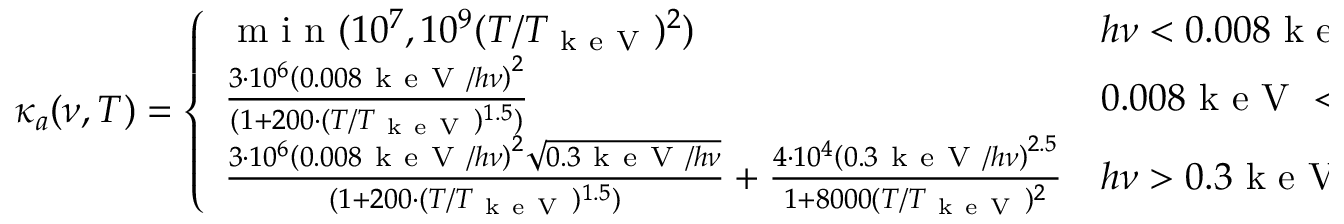
\kappa _ { a } ( \nu , T ) = \left\{ \begin{array} { l l } { \mathrm { ~ m ~ i ~ n ~ } ( 1 0 ^ { 7 } , 1 0 ^ { 9 } ( T / T _ { \mathrm { ~ k ~ e ~ V ~ } } ) ^ { 2 } ) } & { h \nu < 0 . 0 0 8 \mathrm { ~ k ~ e ~ V ~ } } \\ { \frac { 3 \cdot 1 0 ^ { 6 } \left( 0 . 0 0 8 \mathrm { ~ k ~ e ~ V ~ } / h \nu \right) ^ { 2 } } { ( 1 + 2 0 0 \cdot ( T / T _ { \mathrm { ~ k ~ e ~ V ~ } } ) ^ { 1 . 5 } ) } } & { 0 . 0 0 8 \mathrm { ~ k ~ e ~ V ~ } < h \nu < 0 . 3 \mathrm { ~ k ~ e ~ V ~ } } \\ { \frac { 3 \cdot 1 0 ^ { 6 } \left( 0 . 0 0 8 \mathrm { ~ k ~ e ~ V ~ } / h \nu \right) ^ { 2 } \sqrt { 0 . 3 \mathrm { ~ k ~ e ~ V ~ } / h \nu } } { ( 1 + 2 0 0 \cdot ( T / T _ { \mathrm { ~ k ~ e ~ V ~ } } ) ^ { 1 . 5 } ) } + \frac { 4 \cdot 1 0 ^ { 4 } \left( 0 . 3 \mathrm { ~ k ~ e ~ V ~ } / h \nu \right) ^ { 2 . 5 } } { 1 + 8 0 0 0 ( T / T _ { \mathrm { ~ k ~ e ~ V ~ } } ) ^ { 2 } } } & { h \nu > 0 . 3 \mathrm { ~ k ~ e ~ V ~ } . } \end{array} \right.